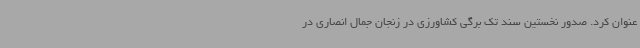
عنوان کرد. صدور نخستین سند تک برگی کشاورزی در زنجان جمال انصاری در